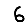
Digit: 6